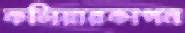
কলিয়ারকাপন